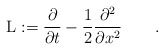
\begin{align*}{\rm L}:=\frac{\partial}{\partial t} - \frac12\frac{\partial^2}{\partial x^2}\qquad.\end{align*}